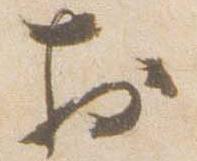
於